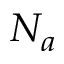
N _ { a }